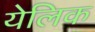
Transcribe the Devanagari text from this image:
येलिक